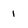
Character: 1